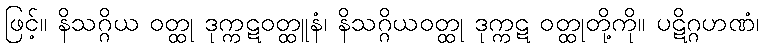
ဖြင့်။ နိသဂ္ဂိယ ဝတ္ထု ဒုက္ကဋဝတ္ထူနံ၊ နိသဂ္ဂိယဝတ္ထု ဒုက္ကဋ ဝတ္ထုတို့ကို။ ပဋိဂ္ဂဟဏံ၊